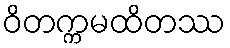
ဝိတက္ကမထိတဿ